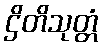
ဌိတိသုတ္တံ